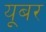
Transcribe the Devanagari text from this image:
यूबर